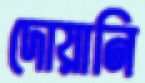
দোয়ানি